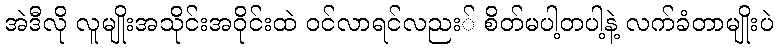
အဲဒီလို လူမျိုးအသိုင်းအဝိုင်းထဲ ဝင်လာရင်လညး် စိတ်မပါ့တပါ့နဲ့ လက်ခံတာမျိုးပဲ